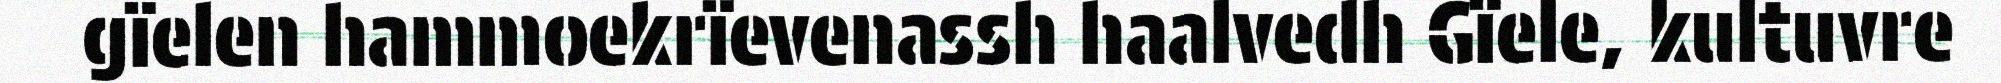
gïelen hammoekrïevenassh haalvedh Gïele, kultuvre